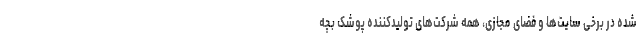
شده در برخی سایت‌ها و فضای مجازی، همه شرکت‌های تولیدکننده پوشک بچه